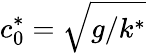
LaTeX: c_{0}^{*}=\sqrt{g/k^{*}}